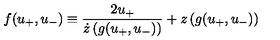
f ( u _ { + } , u _ { - } ) \equiv \frac { 2 u _ { + } } { \dot { z } \left( g ( u _ { + } , u _ { - } ) \right) } + z \left( g ( u _ { + } , u _ { - } ) \right)